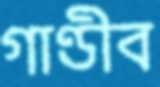
গাণ্ডীব